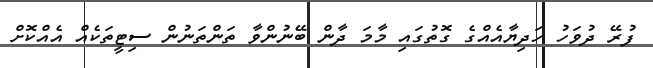
ފުރޭ ދުވަހު ހަދިޔާއެއްގެ ގޮތުގައި މާމަ ދާން ބޭނުންވާ ތަންތަނުން ސިޓީތަކެއް އެއްކޮށް